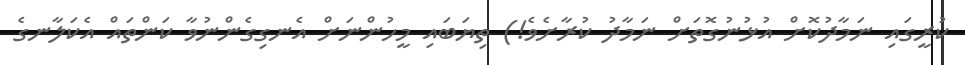
ކުރީގައި ނަމާދުކޮށް އުޅުނުގޮތަށް ނަމާދު ކުރާށެވެ!) ތިޔަބައި މީހުންނަށް އެނގިގެންނުވާ ކަންތައް އެކަލާނގެ